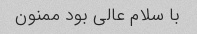
با سلام عالی بود ممنون